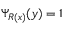
\Psi _ { R ( x ) } ( y ) = 1